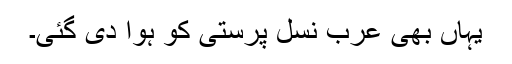
یہاں بھی عرب نسل پرستی کو ہوا دی گئی۔